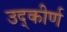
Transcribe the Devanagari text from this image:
उद्‌कीर्ण